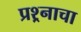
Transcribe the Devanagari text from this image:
प्रश्र्नाचा